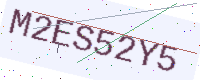
Text: M2ES52Y5